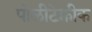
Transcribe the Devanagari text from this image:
पोलीटेक्नीक